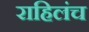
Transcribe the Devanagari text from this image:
राहिलंच